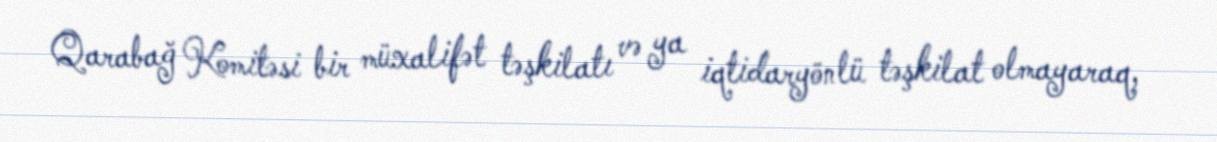
Qarabağ Komitəsi bir müxalifət təşkilatı və ya iqtidaryönlü təşkilat olmayaraq,